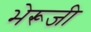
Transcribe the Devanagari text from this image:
भेरूजी